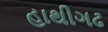
હાથીગઢ